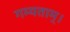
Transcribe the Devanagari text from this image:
गम्यताम्।